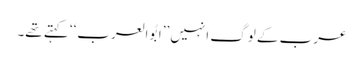
عرب کے لوگ انہیں ’’ابُو العرب‘‘ کہتے تھے۔